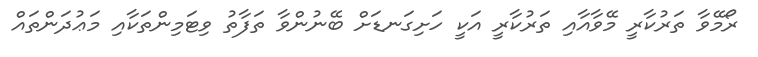
ރޯމޭވާ ތަރުކާރީ މޭވާއާއި ތަރުކާރީ އަކީ ހަށިގަނޑަށް ބޭނުންވާ ތަފާތު ވިޓަމިންތަކާއި މަޢުދަންތައް